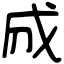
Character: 𢦓